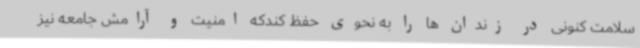
سلامت کنونی در زندان ها را به نحوی حفظ کندکه امنیت و آرامش جامعه نیز